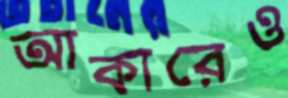
আকারেও